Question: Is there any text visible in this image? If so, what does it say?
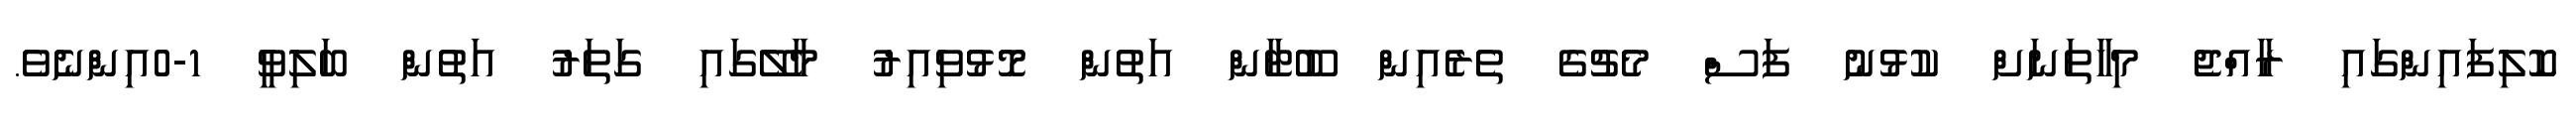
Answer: ކޮލިފައިންގައި ރާއްޖެ މިހާތަނަށް ކުޅުނު ފަސް މެޗުގެ ތެރެއިން ބޫޓާން އަތުން މޮޅުވިއިރު މާލޭގައި ގަތަރު އަތުން ބަލިވީ 1-0އިންނެވެ.